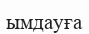
ымдауға